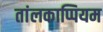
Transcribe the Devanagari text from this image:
तांलकाप्पियम